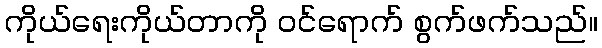
ကိုယ်ရေးကိုယ်တာကို ဝင်ရောက် စွက်ဖက်သည်။